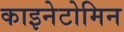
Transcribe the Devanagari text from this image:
काइनेटोमिन